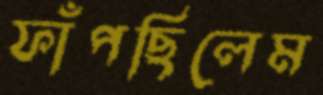
ফাঁপছিলেম